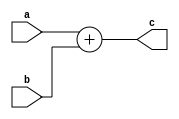
`timescale 1ns / 1ps
module qadd #(
	parameter N = 16,
	parameter Q = 12
	)
	(
    input [N-1:0] a,
    input [N-1:0] b,
    output [N-1:0] c
    );

// (Q,N) = (12,16) => 1 sign-bit + 3 integer-bits + 12 fractional-bits = 16 total-bits
//                    |S|III|FFFFFFFFFFFF|
// The same thing in A(I,F) format would be A(3,12)

//Since we supply every negative number in it's 2's complement form by default, all we 
//need to do is add these two numbers together (note that to subtract a binary number 
//is the same as to add its two's complement)
assign c = a + b;

//If for whatever reason your system (the software/testbench feeding this hadrware with 
//inputs) does not supply negative numbers in their two's complement form,(some people 
//prefer to keep the magnitude as it is and make the sign bit '1' to represent negatives)
// then you should take a look at the fixed point arithmetic modules at opencores linked 
//above this code.

endmodule